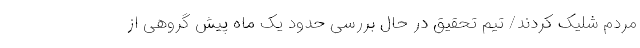
مردم شلیک کردند/ تیم تحقیق در حال بررسی حدود یک ماه پیش گروهی از